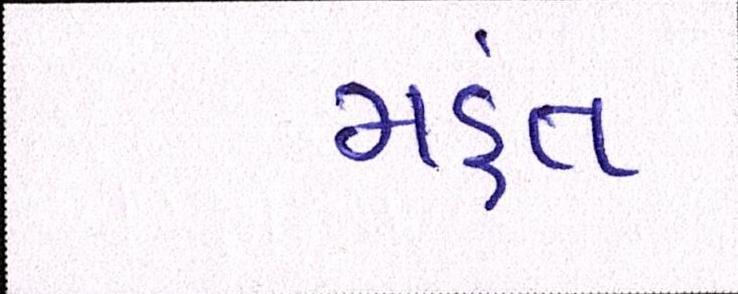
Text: મંહત